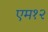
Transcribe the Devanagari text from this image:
एम१२